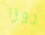
روزا